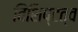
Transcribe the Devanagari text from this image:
विशिष्टत्व